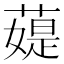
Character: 𦼙